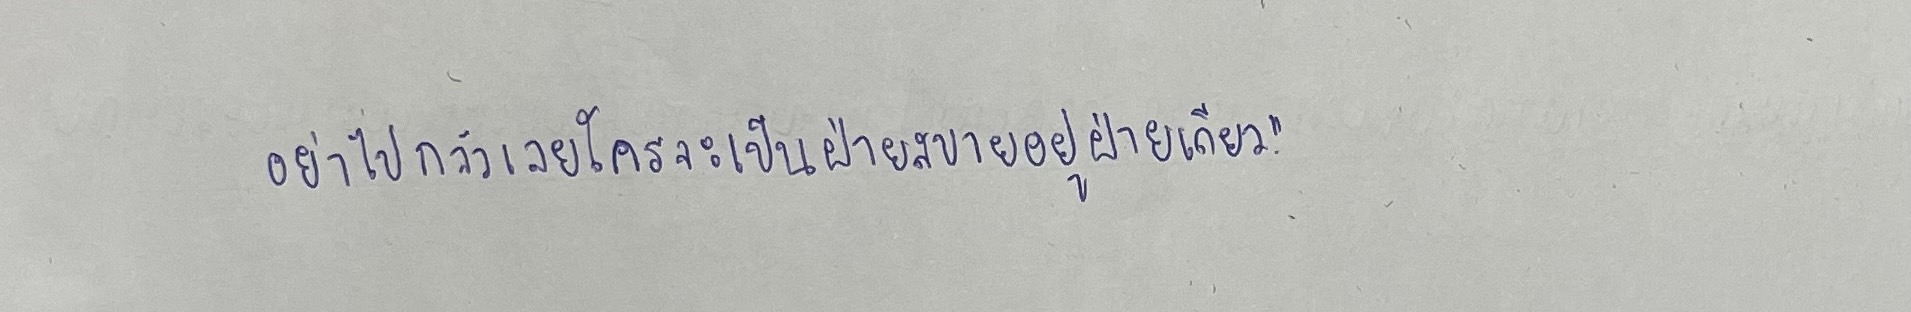
อย่าไปกลัวเลยว่าใครจะเป็นฝ่ายสบายอยู่ฝ่ายเดียว"